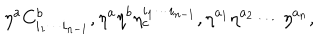
LaTeX: \eta ^ { a } C _ { i _ { 1 } \cdots i _ { n - 1 } } ^ { b } , \eta ^ { a } \eta ^ { b } \eta _ { c } ^ { i _ { 1 } \cdots i _ { n - 1 } } , \eta ^ { a _ { 1 } } \eta ^ { a _ { 2 } } \cdots \eta ^ { a _ { n } } ,